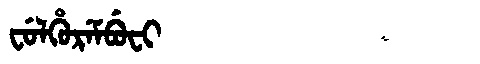
Manchu: ᠸᡠᠯᡥᡠᡵᡝᠮᠪᡠᠸᡳ
Romanization: FULHUREMBUFI